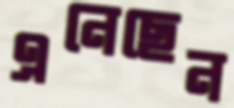
এনেছেন